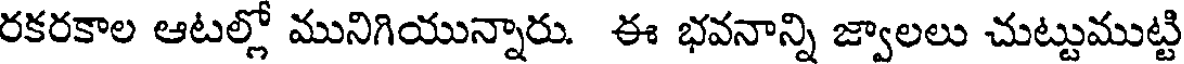
రకరకాల ఆటల్లో మునిగియున్నారు. ఈ భవనాన్ని జ్వాలలు చుట్టుముట్టి